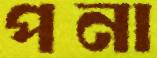
পনা